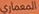
المعماري